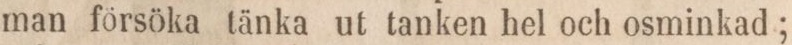
man försöka tänka ut tanken hel och osminkad;